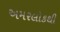
અમરલોકથી